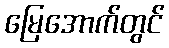
မြေအောက်တွင်